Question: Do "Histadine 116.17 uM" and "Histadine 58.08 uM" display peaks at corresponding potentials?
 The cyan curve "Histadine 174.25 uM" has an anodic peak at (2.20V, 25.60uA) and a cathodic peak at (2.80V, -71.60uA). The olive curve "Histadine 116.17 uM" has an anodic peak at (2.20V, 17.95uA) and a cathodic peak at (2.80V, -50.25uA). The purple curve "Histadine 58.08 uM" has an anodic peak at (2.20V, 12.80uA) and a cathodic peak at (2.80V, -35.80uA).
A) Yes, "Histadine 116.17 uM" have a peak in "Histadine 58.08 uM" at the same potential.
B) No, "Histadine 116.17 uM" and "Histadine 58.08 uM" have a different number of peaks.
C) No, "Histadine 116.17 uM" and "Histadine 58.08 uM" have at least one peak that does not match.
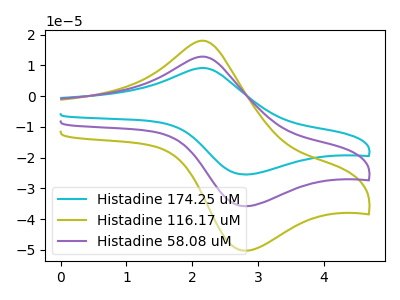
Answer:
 <answer>A) Yes, "Histadine 116.17 uM" have a peak in "Histadine 58.08 uM" at the same potential.</answer>
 <eval>A</eval>